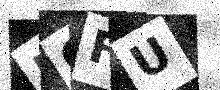
Text: HGFU